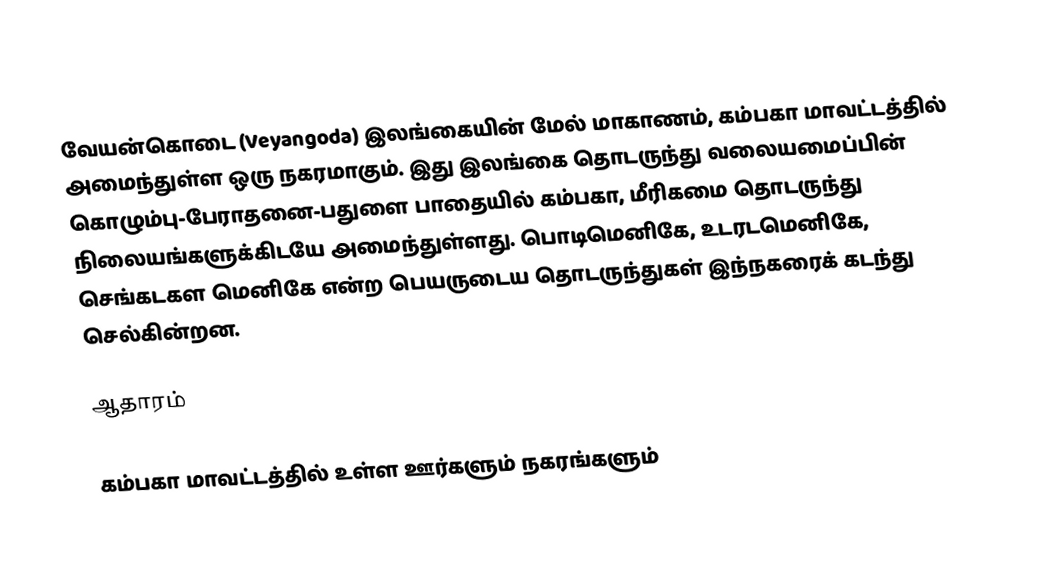
வேயன்கொடை (Veyangoda) இலங்கையின்  மேல் மாகாணம், கம்பகா மாவட்டத்தில் அமைந்துள்ள ஒரு நகரமாகும். இது இலங்கை தொடருந்து வலையமைப்பின் கொழும்பு-பேராதனை-பதுளை பாதையில் கம்பகா, மீரிகமை தொடருந்து நிலையங்களுக்கிடயே அமைந்துள்ளது. பொடிமெனிகே,   உடரடமெனிகே, செங்கடகள மெனிகே என்ற பெயருடைய தொடருந்துகள் இந்நகரைக் கடந்து செல்கின்றன.

ஆதாரம்

கம்பகா மாவட்டத்தில் உள்ள ஊர்களும் நகரங்களும்